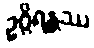
ဥဂ္ဂိရန္တဿ